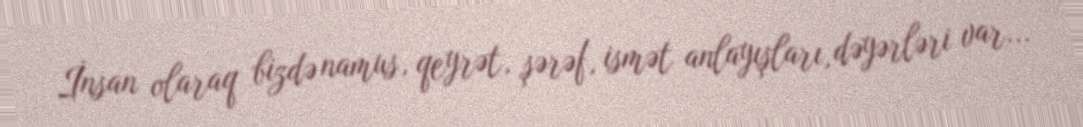
İnsan olaraq bizdə namus, qeyrət, şərəf, ismət anlayışları, dəyərləri var...